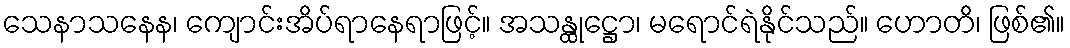
သေနာသနေန၊ ကျောင်းအိပ်ရာနေရာဖြင့်။ အသန္ထုဋ္ဌော၊ မရောင်ရဲနိုင်သည်။ ဟောတိ၊ ဖြစ်၏။